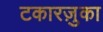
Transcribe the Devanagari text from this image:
टकारज़ुका